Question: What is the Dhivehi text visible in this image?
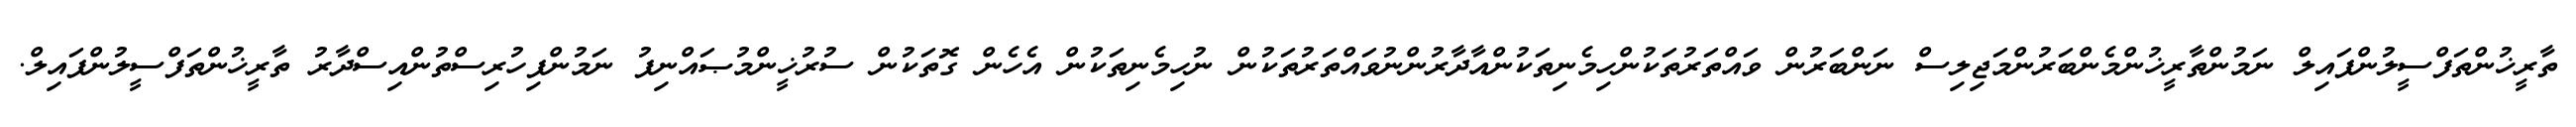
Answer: ތާރީޚުންތަފްސީލުންފައިލް ނަމުންތާރީޚުންމެންބަރުންމަޖިލިސް ނަންބަރުން ވައްތަރުތަކުންހިމެނިތަކުންއާދާރުންނުވައްތަރުތަކުން ނުހިމެނިތަކުން އެހެން ގޮތަކުން ސުރުޚީންމުޞައްނިފު ނަމުންފިހުރިސްތުންއިސްދާރު ތާރީޚުންތަފްސީލުންފައިލް.